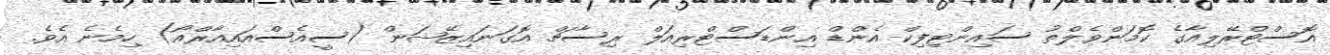
އޮސްޓްރޭލިއާގެ ކޮމަންވެލްތު ސައިންޓިފިކް އެންޑް އިންޑަސްޓްރިއަލް ރިސާޗް އޮގަނައިޒޭޝަން (ސީއެސްއައިއާރްއޯ) ހިމެނެ އެވެ.